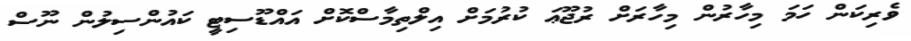
ވެރިކަން ހަމަ މިހާރުން މިހާރަށް ރުޖޫޢަ ކުރުމަށް އިލްތިމާސްކޮށް އައްޑޫސިޓީ ކައުންސިލުން ނޫސް